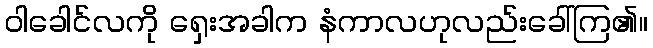
ဝါခေါင်လကို ရှေးအခါက နံကာလဟုလည်းခေါ်ကြ၏။